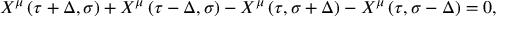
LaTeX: X ^ { \mu } \left( \tau + \Delta , \sigma \right) + X ^ { \mu } \left( \tau - \Delta , \sigma \right) - X ^ { \mu } \left( \tau , \sigma + \Delta \right) - X ^ { \mu } \left( \tau , \sigma - \Delta \right) = 0 ,